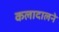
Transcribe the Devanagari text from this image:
कलादालने